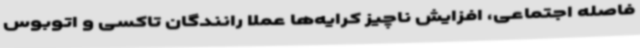
فاصله اجتماعی، افزایش ناچیز کرایه‌ها عملا رانندگان تاکسی و اتوبوس